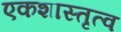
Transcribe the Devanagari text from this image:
एकशास्तृत्व